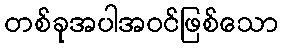
တစ်ခုအပါအဝင်ဖြစ်သော